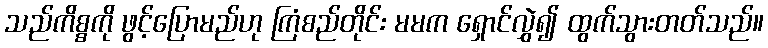
သည်ကိစ္စကို ဖွင့်ပြောမည်ဟု ကြံစည်တိုင်း မမက ရှောင်လွှဲ၍ ထွက်သွားတတ်သည်။